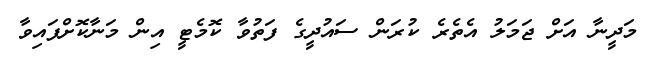
މަދީނާ އަށް ޖަމަލު އެތެރެ ކުރަން ސައުދީގެ ފަތުވާ ކޮމެޓީ އިން މަނާކޮށްފައިވާ